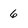
Character: 6